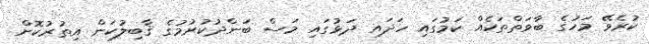
ކުރެވޭ މަހުގެ ބާވަތްތަކެއް ކަމުގައި ހަދައި ދަޅުގައި މަސް ބަންދުކުރުމުގެ ޤާބިލުކަން އިތުރުކޮށް